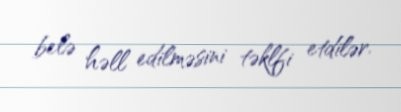
belə həll edilməsini təklfi etdilər.